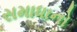
સમાધાનો